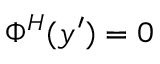
\Phi ^ { H } ( y ^ { \prime } ) = 0